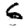
Digit: 6